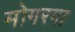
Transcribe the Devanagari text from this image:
मोगरगा